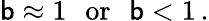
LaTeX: \mathsf{b}\approx1\: \: \: \mathrm{{or}}\: \: \: \mathsf{b}<1\, .